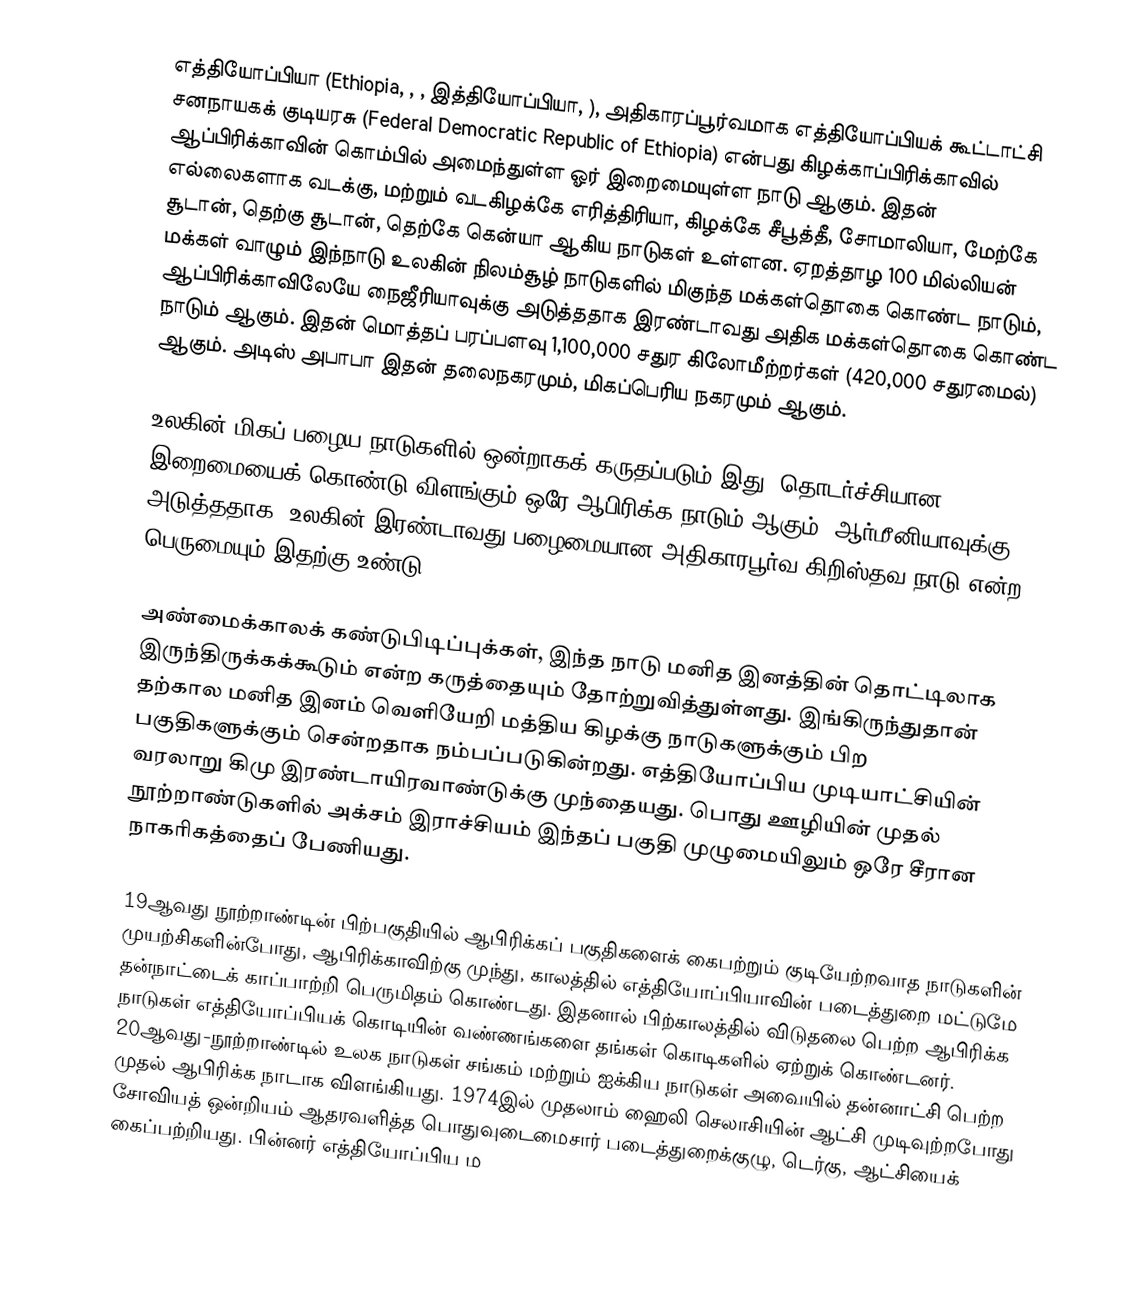
எத்தியோப்பியா (Ethiopia, , , இத்தியோப்பியா, ), அதிகாரப்பூர்வமாக எத்தியோப்பியக் கூட்டாட்சி சனநாயகக் குடியரசு (Federal Democratic Republic of Ethiopia) என்பது கிழக்காப்பிரிக்காவில் ஆப்பிரிக்காவின் கொம்பில் அமைந்துள்ள ஓர் இறைமையுள்ள நாடு ஆகும். இதன் எல்லைகளாக வடக்கு, மற்றும் வடகிழக்கே எரித்திரியா, கிழக்கே சீபூத்தீ, சோமாலியா, மேற்கே சூடான், தெற்கு சூடான், தெற்கே கென்யா ஆகிய நாடுகள் உள்ளன. ஏறத்தாழ 100 மில்லியன் மக்கள் வாழும் இந்நாடு உலகின் நிலம்சூழ் நாடுகளில் மிகுந்த மக்கள்தொகை கொண்ட நாடும், ஆப்பிரிக்காவிலேயே நைஜீரியாவுக்கு அடுத்ததாக இரண்டாவது அதிக மக்கள்தொகை கொண்ட நாடும் ஆகும். இதன் மொத்தப் பரப்பளவு 1,100,000 சதுர கிலோமீற்றர்கள் (420,000 சதுரமைல்) ஆகும். அடிஸ் அபாபா இதன் தலைநகரமும், மிகப்பெரிய நகரமும் ஆகும்.

உலகின் மிகப் பழைய நாடுகளில் ஒன்றாகக் கருதப்படும் இது, தொடர்ச்சியான இறைமையைக் கொண்டு விளங்கும் ஒரே ஆபிரிக்க நாடும் ஆகும். ஆர்மீனியாவுக்கு அடுத்ததாக, உலகின் இரண்டாவது பழைமையான அதிகாரபூர்வ கிறிஸ்தவ நாடு என்ற பெருமையும் இதற்கு உண்டு.

அண்மைக்காலக் கண்டுபிடிப்புக்கள், இந்த நாடு மனித இனத்தின் தொட்டிலாக இருந்திருக்கக்கூடும் என்ற கருத்தையும் தோற்றுவித்துள்ளது. இங்கிருந்துதான் தற்கால மனித இனம் வெளியேறி மத்திய கிழக்கு நாடுகளுக்கும் பிற பகுதிகளுக்கும் சென்றதாக நம்பப்படுகின்றது.   எத்தியோப்பிய முடியாட்சியின் வரலாறு கிமு இரண்டாயிரவாண்டுக்கு முந்தையது. பொது ஊழியின் முதல் நூற்றாண்டுகளில் அக்சம் இராச்சியம் இந்தப் பகுதி முழுமையிலும் ஒரே சீரான நாகரிகத்தைப் பேணியது.

19ஆவது நூற்றாண்டின் பிற்பகுதியில் ஆபிரிக்கப் பகுதிகளைக் கைபற்றும் குடியேற்றவாத நாடுகளின் முயற்சிகளின்போது, ஆபிரிக்காவிற்கு முந்து, காலத்தில் எத்தியோப்பியாவின் படைத்துறை  மட்டுமே தன்நாட்டைக் காப்பாற்றி பெருமிதம் கொண்டது. இதனால் பிற்காலத்தில் விடுதலை பெற்ற ஆபிரிக்க நாடுகள் எத்தியோப்பியக் கொடியின்  வண்ணங்களை தங்கள் கொடிகளில் ஏற்றுக் கொண்டனர். 20ஆவது-நூற்றாண்டில் உலக நாடுகள் சங்கம் மற்றும் ஐக்கிய நாடுகள் அவையில்  தன்னாட்சி பெற்ற முதல் ஆபிரிக்க நாடாக  விளங்கியது. 1974இல் முதலாம் ஹைலி செலாசியின் ஆட்சி முடிவுற்றபோது சோவியத் ஒன்றியம் ஆதரவளித்த பொதுவுடைமைசார் படைத்துறைக்குழு, டெர்கு, ஆட்சியைக் கைப்பற்றியது. பின்னர் எத்தியோப்பிய ம